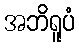
အဘိရူပံ